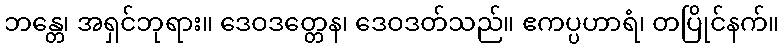
ဘန္တေ၊ အရှင်ဘုရား။ ဒေဝဒတ္တေန၊ ဒေဝဒတ်သည်။ ဧကပ္ပဟာရံ၊ တပြိုင်နက်။